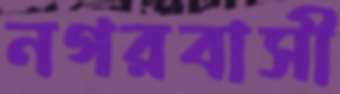
নগরবাসী